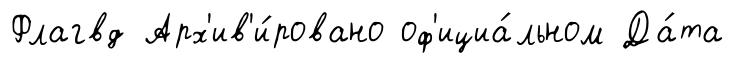
Флагвд Арх'ив'и́ровано оф'ициа́льном Да́та